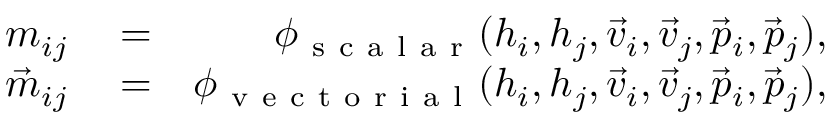
\begin{array} { r l r } { m _ { i j } } & { { } = } & { \phi _ { \mathrm { ~ s ~ c ~ a ~ l ~ a ~ r ~ } } ( h _ { i } , h _ { j } , \vec { v } _ { i } , \vec { v } _ { j } , \vec { p } _ { i } , \vec { p } _ { j } ) , } \\ { \vec { m } _ { i j } } & { { } = } & { \phi _ { \mathrm { ~ v ~ e ~ c ~ t ~ o ~ r ~ i ~ a ~ l ~ } } ( h _ { i } , h _ { j } , \vec { v } _ { i } , \vec { v } _ { j } , \vec { p } _ { i } , \vec { p } _ { j } ) , } \end{array}